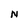
Character: N